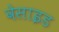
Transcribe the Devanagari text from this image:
वेसाइड